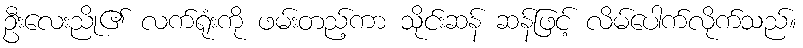
ဦးလေးညို၏ လက်ရုံးကို ဖမ်းတည့်ကာ သိုင်းဆန် ဆန်ဖြင့် လိမ်ပေါက်လိုက်သည်။